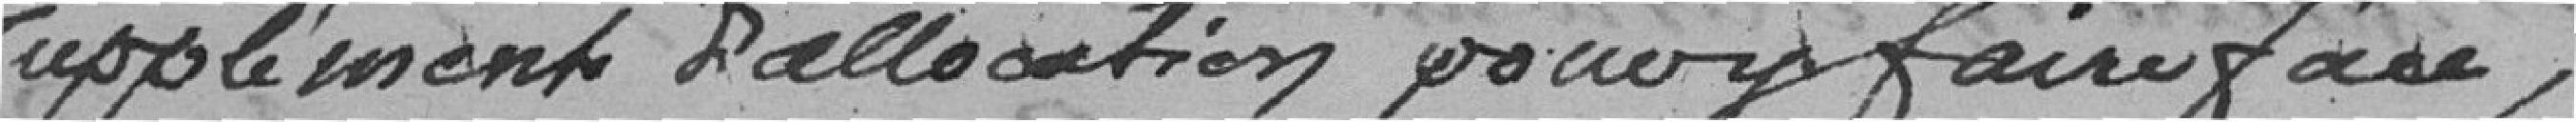
supplément d'allocation pour faire face;